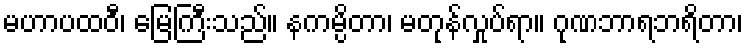
မဟာပထဝီ၊ မြေကြီးသည်။ နကမ္ပိတာ၊ မတုန်လှုပ်ရာ။ ဂုဏဘာရဘရိတာ၊